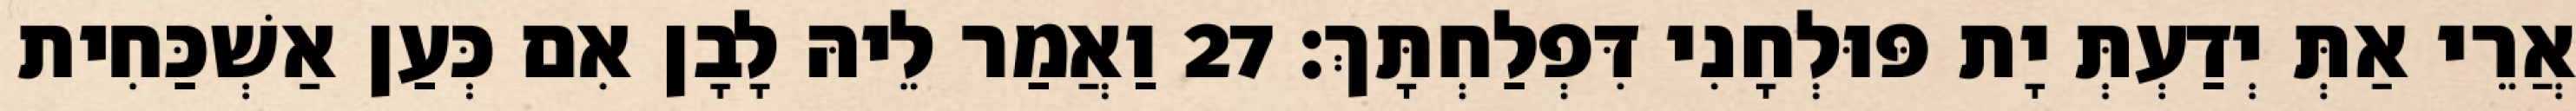
אֲרֵי אַתְּ יְדַעְתְּ יָת פּוּלְחָנִי דִּפְלַחְתָּךְ׃ 27 וַאֲמַר לֵיהּ לָבָן אִם כְּעַן אַשְׁכַּחִית